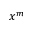
x ^ { m }